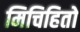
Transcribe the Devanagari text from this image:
मिचिहितो